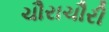
ચૌરાચૌરી